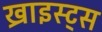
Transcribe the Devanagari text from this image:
ख्राइस्ट्स